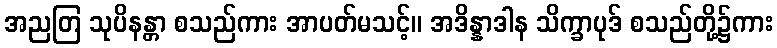
အညတြ သုပိနန္တာ စသည်ကား အာပတ်မသင့်။ အဒိန္နာဒါန သိက္ခာပုဒ် စသည်တို့၌ကား